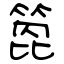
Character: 箆